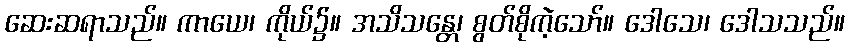
ဆေးဆရာသည်။ ကာယေ၊ ကိုယ်၌။ အသိသန္တေ၊ စွတ်စိုကဲ့သော်။ ဒေါသေ၊ ဒေါသသည်။